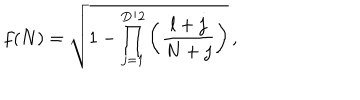
f ( N ) = \sqrt { 1 - \prod _ { j = 1 } ^ { D / 2 } \left( \frac { l + j } { N + j } \right) } \, ,